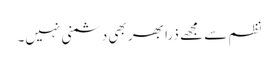
نظم سے مجھے ذرا بھر بھی دشمنی نہیں۔